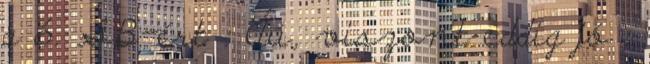
a 6. SB-ért : Áú, viszont eddig jó :